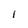
Character: 1